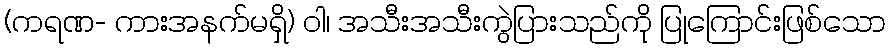
(ကရဏ- ကားအနက်မရှိ) ဝါ၊ အသီးအသီးကွဲပြားသည်ကို ပြုကြောင်းဖြစ်သော